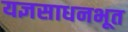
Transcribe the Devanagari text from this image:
यज्ञसाधनभूत